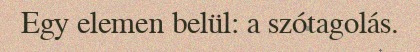
Egy elemen belül: a szótagolás.